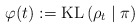
\begin{align*} \varphi(t):=\mathrm{KL}\left(\rho_{t} \mid \pi\right) \end{align*}